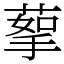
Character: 蒘